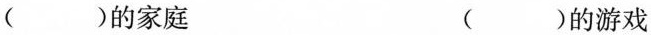
()的家庭 ()的游戏